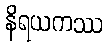
နိရယကဿ